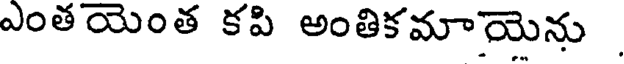
ఎంతయెంత కపి అంతికమాయెను